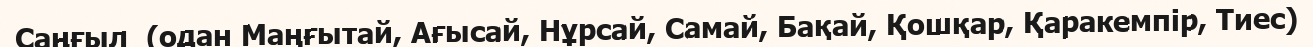
Саңғыл  (одан Маңғытай, Ағысай, Нұрсай, Самай, Бақай, Қошқар, Қаракемпір, Тиес)